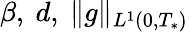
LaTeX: \beta,\ d,\ \| g\| _{L^{1}(0,T_{*})}